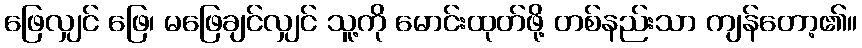
ဖြေလျှင် ဖြေ၊ မဖြေချင်လျှင် သူ့ကို မောင်းထုတ်ဖို့ တစ်နည်းသာ ကျန်တော့၏။